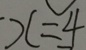
x = 4